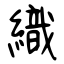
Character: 織